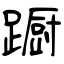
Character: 蹰